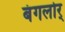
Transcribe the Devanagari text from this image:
बंगलोर्